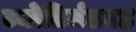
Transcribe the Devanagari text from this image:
ज्योतिर्मठवह